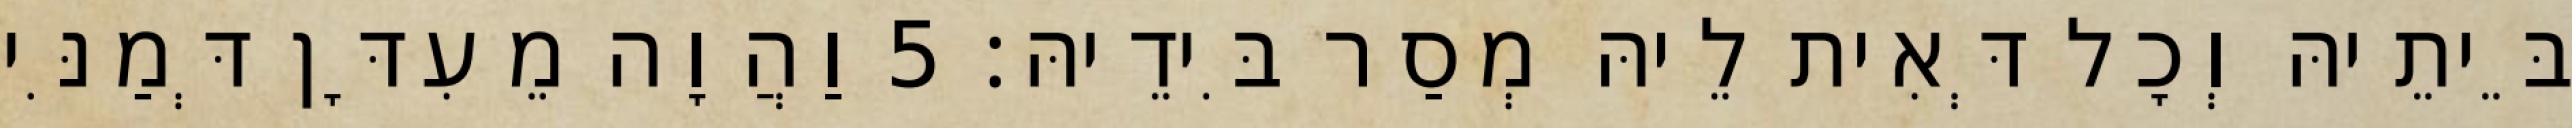
בֵּיתֵיהּ וְכָל דְּאִית לֵיהּ מְסַר בִּידֵיהּ׃ 5 וַהֲוָה מֵעִדָּן דְּמַנִּי